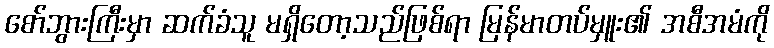
စော်ဘွားကြီးမှာ ဆက်ခံသူ မရှိတော့သည်ဖြစ်ရာ မြန်မာတပ်မှူး၏ အစီအမံကို